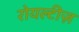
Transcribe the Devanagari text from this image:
रोयल्टीज़